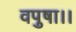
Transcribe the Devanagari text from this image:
वपुषा।।